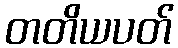
တတိယပတ်